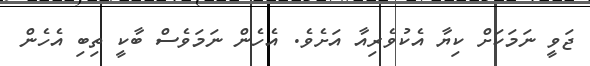
ޖަވީ ނަމަކަށް ކިޔާ އެކުވެރިއާ އަށެވެ. އެހެން ނަމަވެސް ބާކީ ތިބި އެހެން